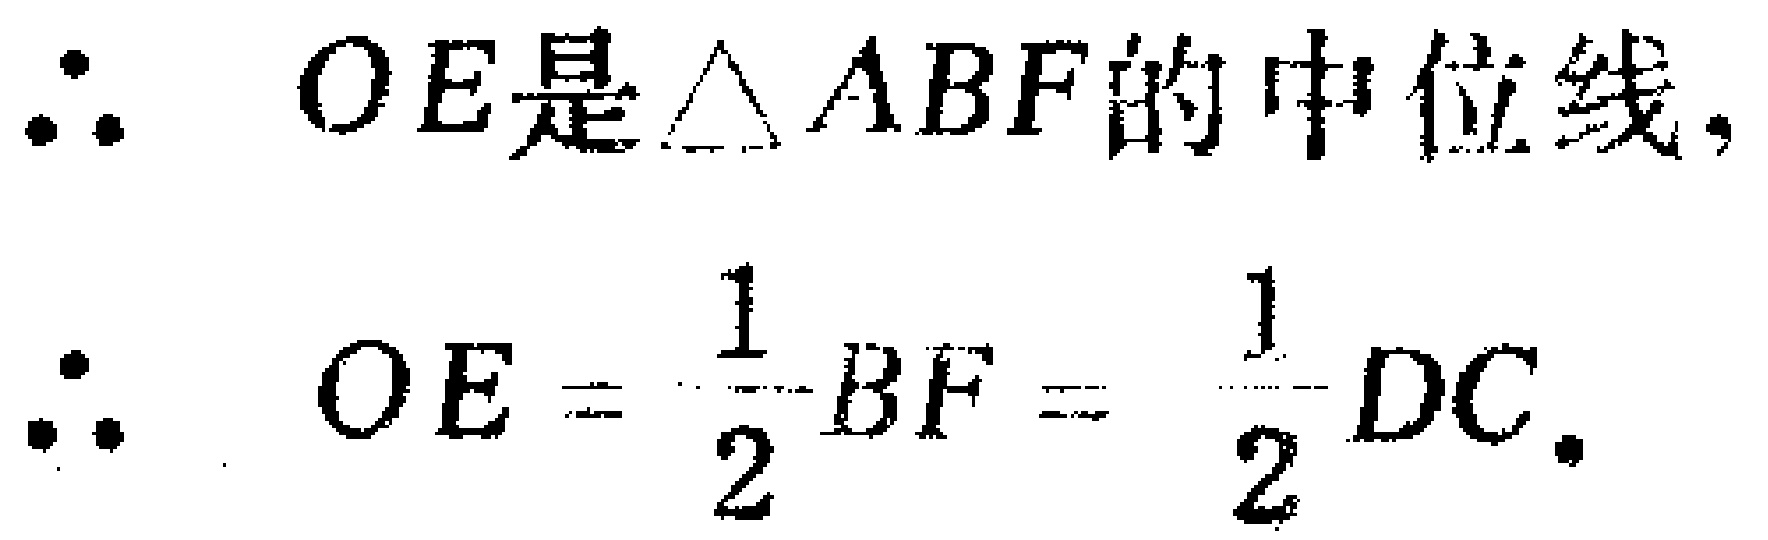
\(\because\) \(OE是\triangle ABF的中位线,\)
\(\therefore\) \(OE = \frac{1}{2}BF = \frac{1}{2}DC.\)